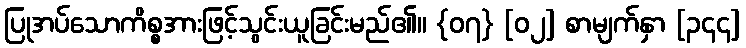
ပြုအပ်သောကိစ္စအားဖြင့်သွင်းယူခြင်းမည်၏။ {၀၇} [၀၂] စာမျက်နှာ [၃၄၄]